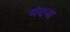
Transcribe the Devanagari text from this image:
मंदना